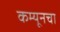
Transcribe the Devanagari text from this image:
कम्यूनचा